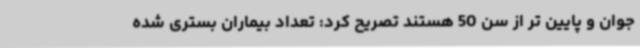
جوان و پایین تر از سن 50 هستند تصریح کرد: تعداد بیماران بستری شده